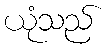
ယုံသည်